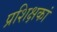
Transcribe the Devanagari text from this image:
प्रशिक्षकां